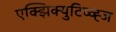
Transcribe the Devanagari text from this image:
एक्झिक्युटिव्व्ह्ज